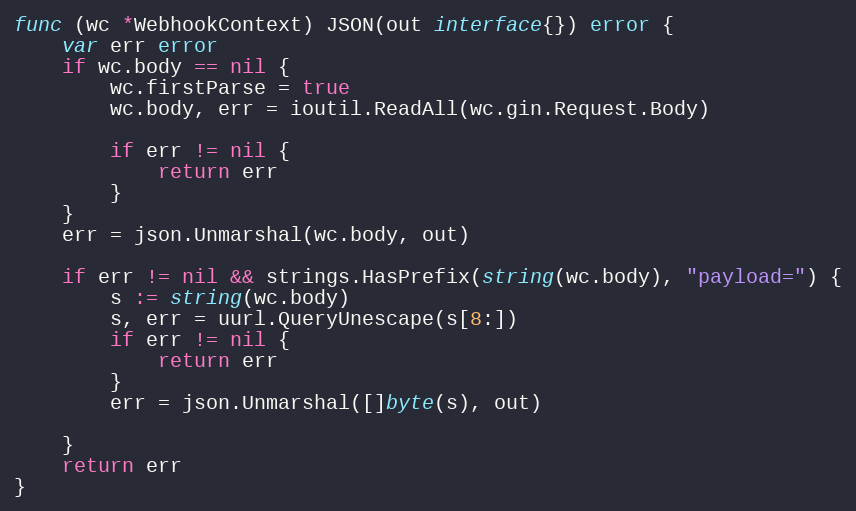
Language: Go
func (wc *WebhookContext) JSON(out interface{}) error {
	var err error
	if wc.body == nil {
		wc.firstParse = true
		wc.body, err = ioutil.ReadAll(wc.gin.Request.Body)

		if err != nil {
			return err
		}
	}
	err = json.Unmarshal(wc.body, out)

	if err != nil && strings.HasPrefix(string(wc.body), "payload=") {
		s := string(wc.body)
		s, err = uurl.QueryUnescape(s[8:])
		if err != nil {
			return err
		}
		err = json.Unmarshal([]byte(s), out)

	}
	return err
}